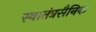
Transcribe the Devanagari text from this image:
स्वातंत्रसैनिक